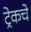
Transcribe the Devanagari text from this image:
ट्रेकचे